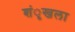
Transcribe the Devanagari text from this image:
शंृखला